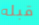
قبله